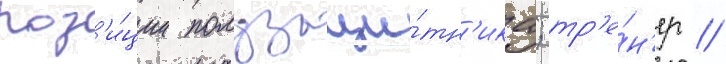
поз'и́ции полузащи́тн'ика; тр'е́н'ер //